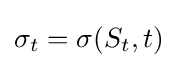
\sigma _{t}=\sigma (S_{t},t)